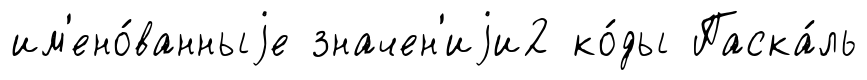
им'ено́ванныjе значен'иjи2 ко́ды Паска́ль